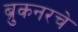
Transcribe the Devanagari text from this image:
ब्रुकनरचे